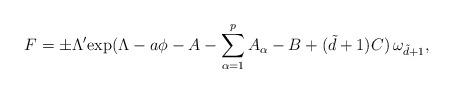
LaTeX: \begin{align*}F = \pm \Lambda' \hbox{exp}( \Lambda - a \phi -A-\sum_{\alpha=1}^p A_{\alpha}-B + (\tilde{d}+1)C) \, \omega_{\tilde{d}+1},\end{align*}